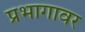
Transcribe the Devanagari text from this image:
प्रभागावर